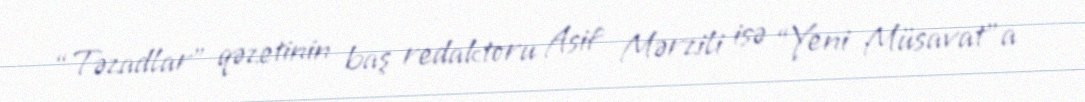
“Təzadlar” qəzetinin baş redaktoru Asif Mərzili isə “Yeni Müsavat”a